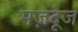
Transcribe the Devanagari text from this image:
मज़दूज